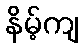
နိမ့်ကျ